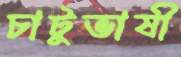
চাটুভাষী